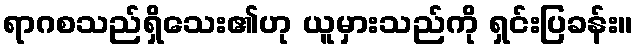
ရာဂစသည်ရှိသေး၏ဟု ယူမှားသည်ကို ရှင်းပြခန်း။